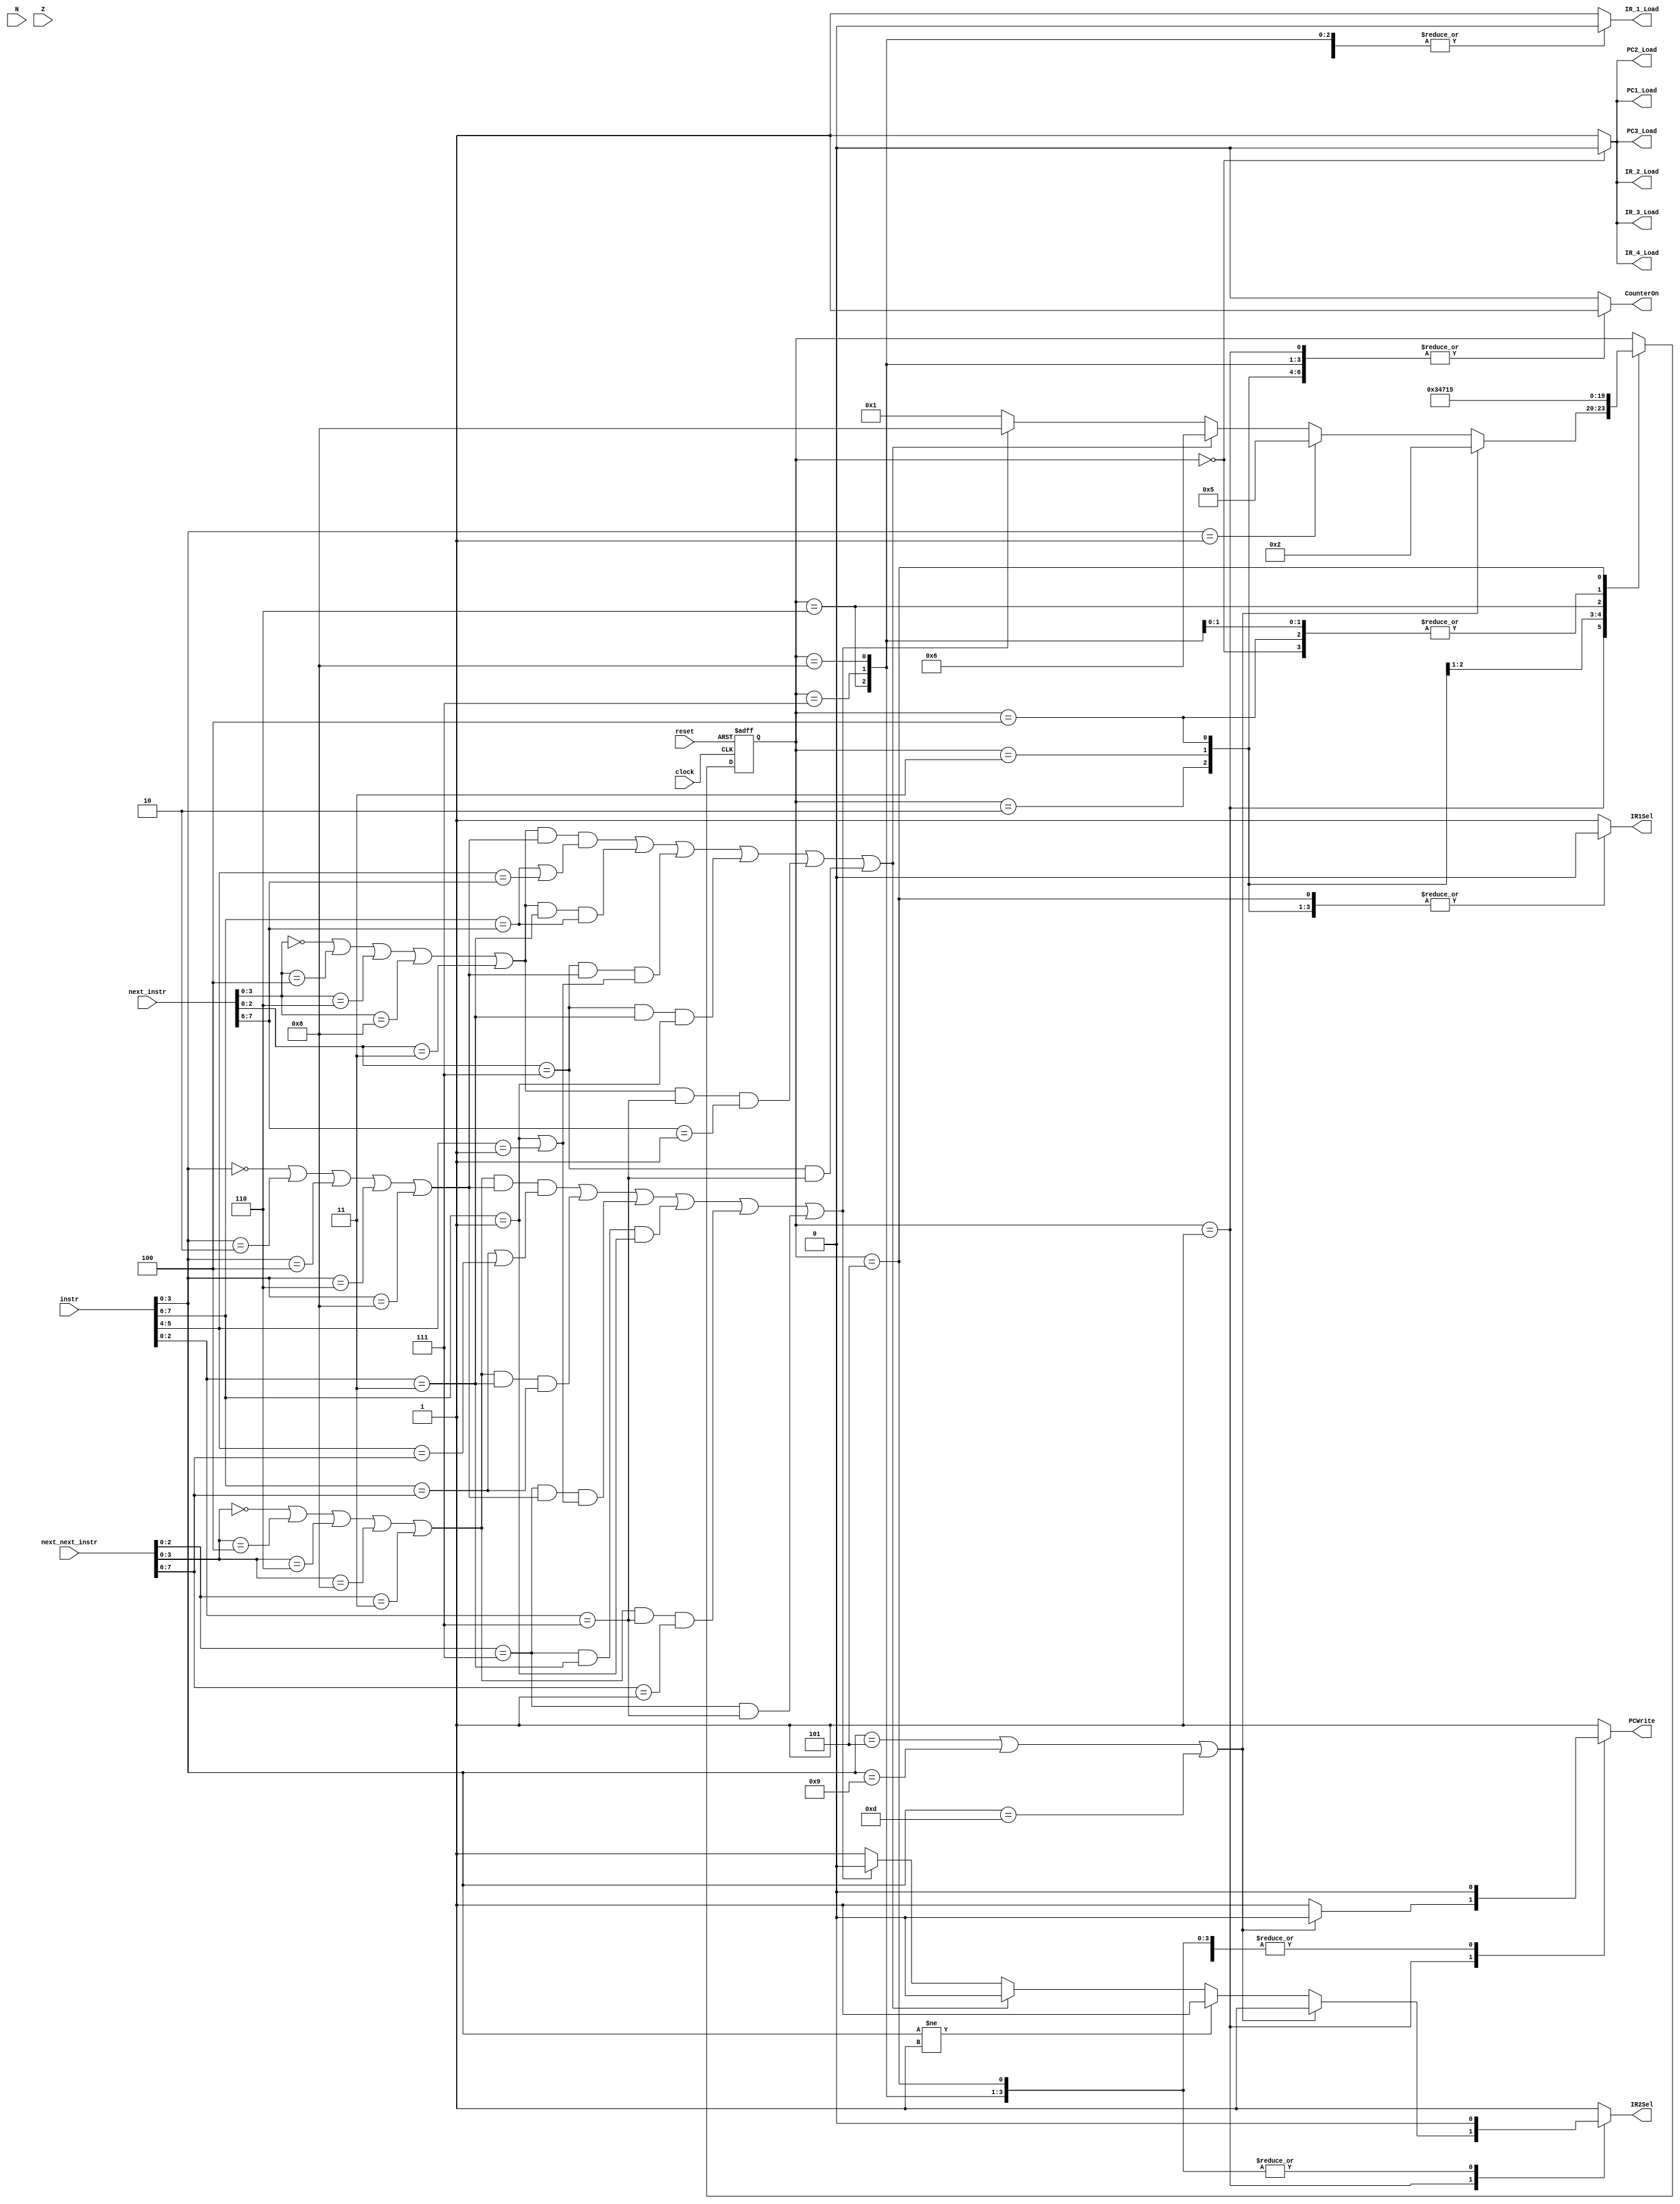
// ---------------------------------------------------------------------
// Copyright (c) 2007 by University of Toronto ECE 243 development team 
// ---------------------------------------------------------------------
//
// Major Functions:	control processor's datapath
// 
// Input(s):	1. instr: input is used to determine states
//				2. N: if branches, input is used to determine if
//					  negative condition is true
//				3. Z: if branches, input is used to determine if 
//					  zero condition is true
//
// Output(s):	control signals
//
//				** More detail can be found on the course note under
//				   "Multi-Cycle Implementation: The Control Unit"
//
// ---------------------------------------------------------------------

module FSM
(
	reset, instr, clock, next_instr,next_next_instr,
	N, Z,
	PCWrite,
	PC1_Load,
	PC2_Load,
	PC3_Load,
	IR_1_Load,
	IR_2_Load,
	IR_3_Load,
	IR_4_Load,
	IR1Sel,
	IR2Sel,
	CounterOn
);
	input	[7:0] instr, next_instr, next_next_instr;
	input	N, Z;
	input	reset, clock;
	output	reg	PCWrite, PC1_Load, PC2_Load, PC3_Load;
	output	reg	IR_1_Load, IR_2_Load, IR_3_Load, IR_4_Load;
	output	reg	CounterOn, IR1Sel, IR2Sel; 		//Control to turn on the counter, active high
	//output	[3:0] state;
	
	reg [3:0]	state;

	
	
	// state constants (note: asn = add/sub/nand, asnsh = add/sub/nand/shift)
	parameter [3:0] reset_s = 0, c1 = 1, c2_br = 2, c3_br = 3, c4_br = 4, c2_stop = 5, c2_data = 6, c3_data = 7, c2_data_2 = 8;
	
	// determines the next state based upon the current state; supports
	// asynchronous reset
	always @(posedge clock or posedge reset)
	begin
		if (reset) state = reset_s;
		else
		begin
			case(state)
				reset_s:	state = c1; 		// reset state
				c1:	begin				// cycle 2
							if(instr[3:0] == 4'b0101 | instr[3:0] == 4'b1001 | instr[3:0] == 4'b1101) state = c2_br;
							else if (instr[3:0] == 4'b0001)	state = c2_stop;
					
									/*LOAD,ADD,SUB,NAND,SHIFT -> STORE,LOAD,ADD,SUB,NAND*/
							else if ((((next_instr[3:0] == 4'b0000 | next_instr[3:0] == 4'b0100 | next_instr[3:0] == 4'b0110 | next_instr[3:0] == 4'b1000 | next_instr[2:0] == 3'b011) &
									(instr[3:0] == 4'b0000 | instr[3:0] == 4'b0010 | instr[3:0] == 4'b0100 | instr[3:0] == 4'b0110 | instr[3:0] == 4'b1000)) & 
									(instr[7:6] == next_instr[7:6] | instr[5:4] == next_instr[7:6])) /**/ |
									
									/*LOAD,ADD,SUB,NAND,SHIFT -> SHIFT*/
									(((next_instr[3:0] == 4'b0000 | next_instr[3:0] == 4'b0100 | next_instr[3:0] == 4'b0110 | next_instr[3:0] == 4'b1000 | next_instr[2:0] == 3'b011) 
									& (instr[2:0] == 3'b011)) & (instr[7:6] == next_instr[7:6])) /**/ |
									
									/*ORI -> STORE,LOAD,ADD,SUB,NAND*/
									(((next_instr[2:0] == 3'b111) 
									& (instr[3:0] == 4'b0000 | instr[3:0] == 4'b0010 | instr[3:0] == 4'b0100 | instr[3:0] == 4'b0110 | instr[3:0] == 4'b1000)) 
									& (instr[7:6] == 2'b01 | instr[5:4] == 2'b01)) /**/ |
									
									/*ORI -> SHIFT*/
									(((next_instr[2:0] == 3'b111) 
									& (instr[2:0] == 3'b011)) & (instr[7:6] == 2'b01)) /**/ |
									
									/*LOAD,ADD,SUB,NAND,SHIFT -> ORI*/
									(((next_instr[3:0] == 4'b0000 | next_instr[3:0] == 4'b0100 | next_instr[3:0] == 4'b0110 | next_instr[3:0] == 4'b1000 | next_instr[2:0] == 3'b011) 
									& (instr[2:0] == 3'b111)) & (next_instr[7:6] == 2'b01)) | 
									
									/*ORI -> ORI*/
									(((next_instr[2:0] == 3'b111) & (instr[2:0] == 3'b111))))
									begin
										state = c2_data;
									end
							else if ((((next_next_instr[3:0] == 4'b0000 | next_next_instr[3:0] == 4'b0100 | next_next_instr[3:0] == 4'b0110 | next_next_instr[3:0] == 4'b1000 | next_next_instr[2:0] == 3'b011) &
									(instr[3:0] == 4'b0000 | instr[3:0] == 4'b0010 | instr[3:0] == 4'b0100 | instr[3:0] == 4'b0110 | instr[3:0] == 4'b1000)) & 
									(instr[7:6] == next_next_instr[7:6] | instr[5:4] == next_next_instr[7:6])) /**/ |
									
									/*LOAD,ADD,SUB,NAND,SHIFT -> SHIFT*/
									(((next_next_instr[3:0] == 4'b0000 | next_next_instr[3:0] == 4'b0100 | next_next_instr[3:0] == 4'b0110 | next_next_instr[3:0] == 4'b1000 | next_next_instr[2:0] == 3'b011) 
									& (instr[2:0] == 3'b011)) & (instr[7:6] == next_next_instr[7:6])) /**/ |
									
									/*ORI -> STORE,LOAD,ADD,SUB,NAND*/
									(((next_next_instr[2:0] == 3'b111) 
									& (instr[3:0] == 4'b0000 | instr[3:0] == 4'b0010 | instr[3:0] == 4'b0100 | instr[3:0] == 4'b0110 | instr[3:0] == 4'b1000)) 
									& (instr[7:6] == 2'b01 | instr[5:4] == 2'b01)) /**/ |
									
									/*ORI -> SHIFT*/
									(((next_next_instr[2:0] == 3'b111) 
									& (instr[2:0] == 3'b011)) & (instr[7:6] == 2'b01)) /**/ |
									
									/*LOAD,ADD,SUB,NAND,SHIFT -> ORI*/
									(((next_next_instr[3:0] == 4'b0000 | next_next_instr[3:0] == 4'b0100 | next_next_instr[3:0] == 4'b0110 | next_next_instr[3:0] == 4'b1000 | next_next_instr[2:0] == 3'b011) 
									& (instr[2:0] == 3'b111)) & (next_next_instr[7:6] == 2'b01)) | 
									
									/*ORI -> ORI*/
									(((next_next_instr[2:0] == 3'b111) & (instr[2:0] == 3'b111))))
							state = c2_data_2;
							else state = c1;
						end
				c2_br:	state = c3_br;	
				c3_br:	state = c4_br;
				c2_data: state = c3_data;
				c3_data:	state = c1;
				c2_data_2: state = c1;
				c4_br:	state = c1;
				c2_stop:	state = c2_stop;
			endcase
		end
	end

	// sets the control sequences based upon the current state and instruction
	always @(*)
	begin
		case (state)
			reset_s:	//control = 19'b0000000000000000000;
				begin
					PCWrite = 0;
					PC1_Load = 0;
					PC2_Load = 0;
					PC3_Load = 0;
					IR_1_Load = 0;
					IR_2_Load = 0;
					IR_3_Load = 0;
					IR_4_Load = 0;
					CounterOn =	0;
					IR1Sel = 1;
					IR2Sel = 1;
				end					
			c1: 		//control = 19'b1110100000010000000;
				begin
					if (instr[3:0] == 4'b0101 | instr[3:0] == 4'b1001 | instr[3:0] == 4'b1101)	//For All branches
						begin
							PCWrite = 0;			//Prevent PC from incrementing immediately
							PC1_Load = 1;
							PC2_Load = 1;
							PC3_Load = 1;
							IR_1_Load = 1;
							IR_2_Load = 1;
							IR_3_Load = 1;
							IR_4_Load = 1;
							CounterOn =	1;
							IR1Sel = 1;
							IR2Sel = 1;
						end
					
					else if (instr[3:0] != 4'b0001)
						begin
							PCWrite = 1;
							PC1_Load = 1;
							PC2_Load = 1;
							PC3_Load = 1;
							IR_1_Load = 1;
							IR_2_Load = 1;
							IR_3_Load = 1;
							IR_4_Load = 1;
							CounterOn =	1;
							IR1Sel = 1;
							IR2Sel = 1;
						end
						
					else if 
						/*LOAD,ADD,SUB,NAND,SHIFT -> STORE,LOAD,ADD,SUB,NAND*/
						((((next_instr[3:0] == 4'b0000 | next_instr[3:0] == 4'b0100 | next_instr[3:0] == 4'b0110 | next_instr[3:0] == 4'b1000 | next_instr[2:0] == 3'b011) 
						& (instr[3:0] == 4'b0000 | instr[3:0] == 4'b0010 | instr[3:0] == 4'b0100 | instr[3:0] == 4'b0110 | instr[3:0] == 4'b1000)) 
						& (instr[7:6] == next_instr[7:6] | instr[5:4] == next_instr[7:6])) /**/ |
						
						/*LOAD,ADD,SUB,NAND,SHIFT -> SHIFT*/
						(((next_instr[3:0] == 4'b0000 | next_instr[3:0] == 4'b0100 | next_instr[3:0] == 4'b0110 | next_instr[3:0] == 4'b1000 | next_instr[2:0] == 3'b011) 
						& (instr[2:0] == 3'b011)) & (instr[7:6] == next_instr[7:6])) /**/ |
						
						/*ORI -> STORE,LOAD,ADD,SUB,NAND*/
						(((next_instr[2:0] == 3'b111) 
						& (instr[3:0] == 4'b0000 | instr[3:0] == 4'b0010 | instr[3:0] == 4'b0100 | instr[3:0] == 4'b0110 | instr[3:0] == 4'b1000)) 
						& (instr[7:6] == 2'b01 | instr[5:4] == 2'b01)) /**/ |
						
						/*ORI -> SHIFT*/
						(((next_instr[2:0] == 3'b111) 
						& (instr[2:0] == 3'b011)) & (instr[7:6] == 2'b01)) /**/ |
						
						/*LOAD,ADD,SUB,NAND,SHIFT -> ORI*/
						(((next_instr[3:0] == 4'b0000 | next_instr[3:0] == 4'b0100 | next_instr[3:0] == 4'b0110 | next_instr[3:0] == 4'b1000 | next_instr[2:0] == 3'b011) 
						& (instr[2:0] == 3'b111)) & (next_instr[7:6] == 2'b01)) | 
						
						/*ORI -> ORI*/
						(((next_instr[2:0] == 3'b111) & (instr[2:0] == 3'b111))))
						begin
							PCWrite = 1;			//Prevent PC from incrementing immediately
							PC1_Load = 1;
							PC2_Load = 1;
							PC3_Load = 1;
							IR_1_Load = 1;
							IR_2_Load = 1;
							IR_3_Load = 1;
							IR_4_Load = 1;
							CounterOn =	1;
							IR1Sel = 1;				//STOP IR1_reg from getting new values
							IR2Sel = 0;
						end
						
					else if
						((((next_next_instr[3:0] == 4'b0000 | next_next_instr[3:0] == 4'b0100 | next_next_instr[3:0] == 4'b0110 | next_next_instr[3:0] == 4'b1000 | next_next_instr[2:0] == 3'b011) &
						(instr[3:0] == 4'b0000 | instr[3:0] == 4'b0010 | instr[3:0] == 4'b0100 | instr[3:0] == 4'b0110 | instr[3:0] == 4'b1000)) & 
						(instr[7:6] == next_next_instr[7:6] | instr[5:4] == next_next_instr[7:6])) /**/ |
						
						/*LOAD,ADD,SUB,NAND,SHIFT -> SHIFT*/
						(((next_next_instr[3:0] == 4'b0000 | next_next_instr[3:0] == 4'b0100 | next_next_instr[3:0] == 4'b0110 | next_next_instr[3:0] == 4'b1000 | next_next_instr[2:0] == 3'b011) 
						& (instr[2:0] == 3'b011)) & (instr[7:6] == next_next_instr[7:6])) /**/ |
						
						/*ORI -> STORE,LOAD,ADD,SUB,NAND*/
						(((next_next_instr[2:0] == 3'b111) 
						& (instr[3:0] == 4'b0000 | instr[3:0] == 4'b0010 | instr[3:0] == 4'b0100 | instr[3:0] == 4'b0110 | instr[3:0] == 4'b1000)) 
						& (instr[7:6] == 2'b01 | instr[5:4] == 2'b01)) /**/ |
						
						/*ORI -> SHIFT*/
						(((next_next_instr[2:0] == 3'b111) 
						& (instr[2:0] == 3'b011)) & (instr[7:6] == 2'b01)) /**/ |
						
						/*LOAD,ADD,SUB,NAND,SHIFT -> ORI*/
						(((next_next_instr[3:0] == 4'b0000 | next_next_instr[3:0] == 4'b0100 | next_next_instr[3:0] == 4'b0110 | next_next_instr[3:0] == 4'b1000 | next_next_instr[2:0] == 3'b011) 
						& (instr[2:0] == 3'b111)) & (next_next_instr[7:6] == 2'b01)) | 
						
						/*ORI -> ORI*/
						(((next_next_instr[2:0] == 3'b111) & (instr[2:0] == 3'b111))))
						begin
							PCWrite = 1;			//Prevent PC from incrementing immediately
							PC1_Load = 1;
							PC2_Load = 1;
							PC3_Load = 1;
							IR_1_Load = 1;
							IR_2_Load = 1;
							IR_3_Load = 1;
							IR_4_Load = 1;
							CounterOn =	1;
							IR1Sel = 1;				//STOP IR1_reg from getting new values
							IR2Sel = 0;
						end
					
					else
						begin
							PCWrite = 1;
							PC1_Load = 1;
							PC2_Load = 1;
							PC3_Load = 1;
							IR_1_Load = 1;
							IR_2_Load = 1;
							IR_3_Load = 1;
							IR_4_Load = 1;
							CounterOn =	1;
							IR1Sel = 1;
							IR2Sel = 1;
						end
				end
			c2_data:
				begin
					PCWrite = 0;			//Prevent PC from incrementing immediately
					PC1_Load = 1;
					PC2_Load = 1;
					PC3_Load = 1;
					IR_1_Load = 0;
					IR_2_Load = 1;
					IR_3_Load = 1;
					IR_4_Load = 1;
					CounterOn =	1;
					IR1Sel = 1;				//STOP IR1_reg from getting new values
					IR2Sel = 0;
				end
			c3_data:
				begin
					PCWrite = 0;			//Prevent PC from incrementing immediately
					PC1_Load = 1;
					PC2_Load = 1;
					PC3_Load = 1;
					IR_1_Load = 0;
					IR_2_Load = 1;
					IR_3_Load = 1;
					IR_4_Load = 1;
					CounterOn =	1;
					IR1Sel = 1;				//STOP IR1_reg from getting new values\
					IR2Sel = 0;
				end
			c2_data_2:
				begin
					PCWrite = 0;			//Prevent PC from incrementing immediately
					PC1_Load = 1;
					PC2_Load = 1;
					PC3_Load = 1;
					IR_1_Load = 0;
					IR_2_Load = 1;
					IR_3_Load = 1;
					IR_4_Load = 1;
					CounterOn =	1;
					IR1Sel = 1;				//STOP IR1_reg from getting new values\
					IR2Sel = 0;
				end				
			c2_br: 		//control = 19'b0000000100000000000;
				begin
					PCWrite = 0;
					PC1_Load = 1;
					PC2_Load = 1;
					PC3_Load = 1;
					IR_1_Load = 1;
					IR_2_Load = 1;
					IR_3_Load = 1;
					IR_4_Load = 1;
					CounterOn =	1;
					IR1Sel = 0;
					IR2Sel = 1;
				end
			c3_br: 		//control = 19'b0000000100000000000;
				begin
					PCWrite = 0;
					PC1_Load = 1;
					PC2_Load = 1;
					PC3_Load = 1;
					IR_1_Load = 1;
					IR_2_Load = 1;
					IR_3_Load = 1;
					IR_4_Load = 1;
					CounterOn =	1;
					IR1Sel = 0;
					IR2Sel = 1;
				end
			c4_br:
					begin
						PCWrite = 1;
						PC1_Load = 1;
						PC2_Load = 1;
						PC3_Load = 1;
						IR_1_Load = 1;
						IR_2_Load = 1;
						IR_3_Load = 1;
						IR_4_Load = 1;
						CounterOn =	1;
						IR1Sel = 0;
						IR2Sel = 1;
					end
			c2_stop: 		//control = 19'b0000000100000000000;
				begin
					PCWrite = 0;
					PC1_Load = 1;
					PC2_Load = 1;
					PC3_Load = 1;
					IR_1_Load = 1;
					IR_2_Load = 1;
					IR_3_Load = 1;
					IR_4_Load = 1;
					CounterOn =	0;
					IR1Sel = 0;
					IR2Sel = 0;
				end
			default:	//control = 19'b0000000000000000000;
				begin
					PCWrite = 1;
					PC1_Load = 1;
					PC2_Load = 1;
					PC3_Load = 1;
					IR_1_Load = 1;
					IR_2_Load = 1;
					IR_3_Load = 1;
					IR_4_Load = 1;
					CounterOn =	0;
					IR1Sel = 1;
					IR2Sel = 1;
				end
		endcase
	end
	
//	/*LOAD,ADD,SUB,NAND,SHIFT -> STORE,LOAD,ADD,SUB,NAND*/
//	((((next_instr[3:0] == 4'b0000 | next_instr[3:0] == 4'0100 | next_instr[3:0] == 4'b0110 | next_instr[3:0] == 4'b1000 | next_instr[2:0] == 3'b011) 
//	& (instr[3:0] == 4'b0000 | instr[3:0] == 4'b0010 | instr[3:0] == 4'b0100 | instr[3:0] == 4'b0110 | instr[3:0] == 4'b1000)) 
//	& (instr[7:6] == next_instr[7:6] | instr[5:4] == next_instr[7:6])) /**/ |
//	
//	/*LOAD,ADD,SUB,NAND,SHIFT -> SHIFT*/
//	(((next_instr[3:0] == 4'b0000 | next_instr[3:0] == 4'0100 | next_instr[3:0] == 4'b0110 | next_instr[3:0] == 4'b1000 | next_instr[2:0] == 3'b011) 
//	& (instr[2:0] == 3'b011)) & (instr[7:6] == next_instr[7:6])) /**/ |
//	
//	/*ORI -> STORE,LOAD,ADD,SUB,NAND*/
//	(((next_instr[2:0] == 3'b111) 
//	& (instr[3:0] == 4'b0000 | instr[3:0] == 4'b0010 | instr[3:0] == 4'b0100 | instr[3:0] == 4'b0110 | instr[3:0] == 4'b1000)) 
//	& (instr[7:6] == 2'b01 | instr[5:4] == 2'b01)) /**/ |
//	
//	/*ORI -> SHIFT*/
//	(((next_instr[2:0] == 3'b111) 
//	& (instr[2:0] == 3'b011)) & (instr[7:6] == 2'b01)) /**/ |
//	
//	/*LOAD,ADD,SUB,NAND,SHIFT -> ORI*/
//	(((next_instr[3:0] == 4'b0000 | next_instr[3:0] == 4'0100 | next_instr[3:0] == 4'b0110 | next_instr[3:0] == 4'b1000 | next_instr[2:0] == 3'b011) 
//	& (instr[2:0] == 3'b111)) & (next_instr[7:6] == 2'b01)) | 
//	
//	/*ORI -> ORI*/
//	(((next_instr[2:0] == 3'b111) & (instr[2:0] == 3'b111))))
	
endmodule